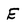
Character: E